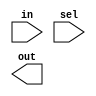
//         
//  a -->  | MUX  |-->out
//  b -->  |      |
//         
//             |
//        sel--+  

module mux4x1 (in,sel,out);
input [3:0] in;
input [1:0] sel;
output out;

`ifdef GATE_LEVEL
wire [1:0] selb;
not i0(selb[0], sel[0]);
not i1(selb[1], sel[1]);

wire  [3:0] in_gated;
and a0(in_gated[0], in [0], selb[1], selb[0]);
and a1(in_gated[1], in [1], selb[1],  sel[0]);
and a2(in_gated[2], in [2],  sel[1], selb[0]);
and a3(in_gated[3], in [3],  sel[1],  sel[0]);

or o1(out, in_gated[0], in_gated[1], in_gated[2], in_gated[3]);

`elsif  DATAFLOW_LEVEL1 
wire IN0_GATED = in[0] & (~sel[1] & ~sel[0]);
wire IN1_GATED = in[1] & (~sel[1] &  sel[0]);
wire IN2_GATED = in[2] & ( sel[1] & ~sel[0]);
wire IN3_GATED = in[3] & ( sel[1] &  sel[0]);

assign out = IN0_GATED |
             IN1_GATED |
             IN2_GATED |
             IN3_GATED ;
`endif

endmodule